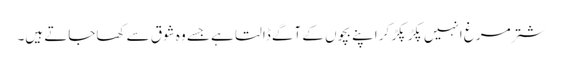
شتر مرغ انہیں پکڑ پکڑ کر اپنے بچوں کے آگے ڈالتا ہے جسے وہ شوق سے کھاجاتے ہیں۔